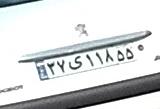
۳۷ی۱۱۸۵۵